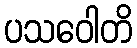
ပသဝေါတိ